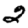
Digit: 2